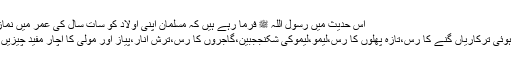
اس حدیث میں رسول اللہ ﷺ فرما رہے ہیں کہ مسلمان اپنی اولاد کو سات سال کی عمر میں نماز ...
ابلی ہوئی ترکاریاں گنے کا رس،تازہ پھلوں کا رس،لیمو،لیموکی شکنججبین،گاجروں کا رس،ترش انار،پیاز اور مولی کا اچار مفید چیزیں ہیں۔